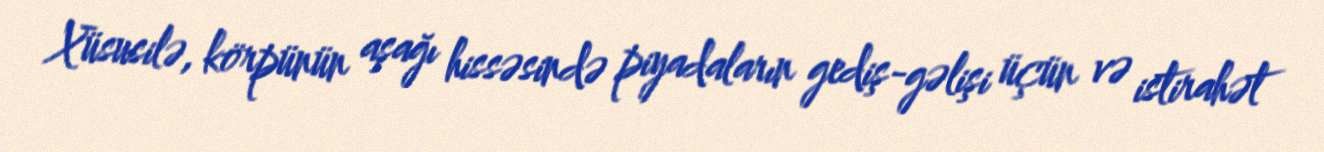
Xüsusilə, körpünün aşağı hissəsində piyadaların gediş-gəlişi üçün və istirahət